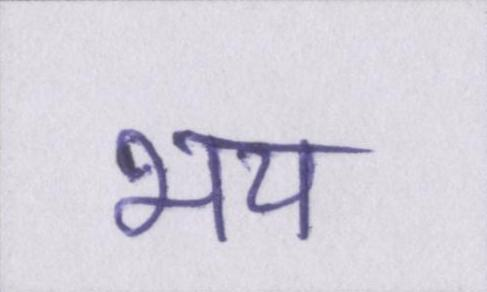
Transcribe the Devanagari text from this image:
भय